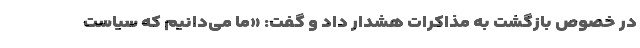
در خصوص بازگشت به مذاکرات هشدار داد و گفت: «ما می‌دانیم که سیاست